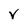
Character: v